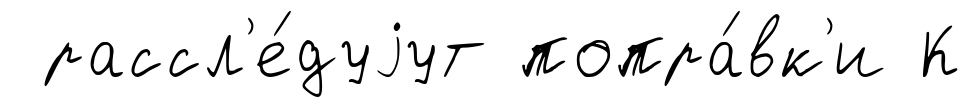
рассл'е́дуjут попра́вк'и К